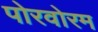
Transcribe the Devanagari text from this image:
पोरवोरम